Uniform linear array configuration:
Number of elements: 8
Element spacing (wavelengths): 1
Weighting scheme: exponential
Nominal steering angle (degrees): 0
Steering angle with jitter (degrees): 0.6749
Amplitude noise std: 0.05
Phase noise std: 0.05

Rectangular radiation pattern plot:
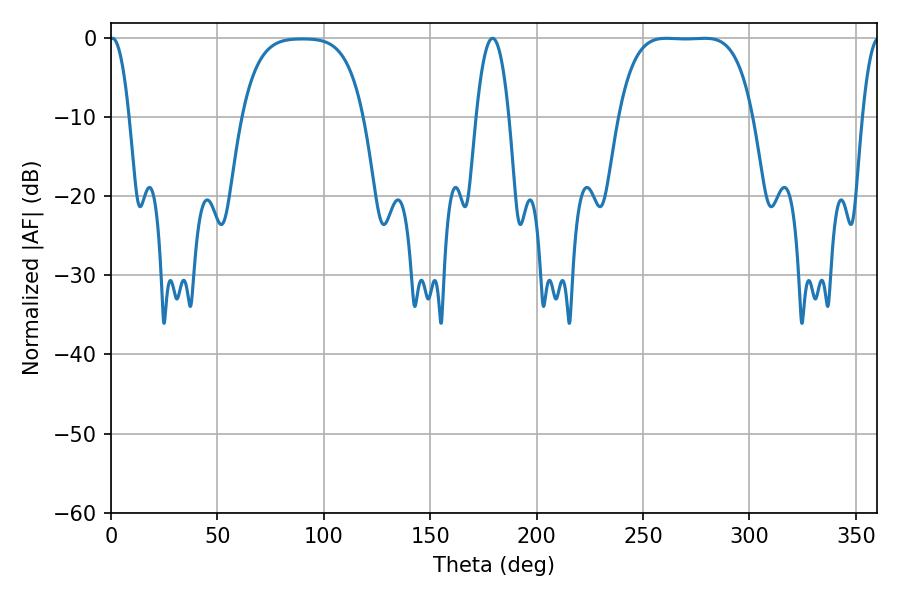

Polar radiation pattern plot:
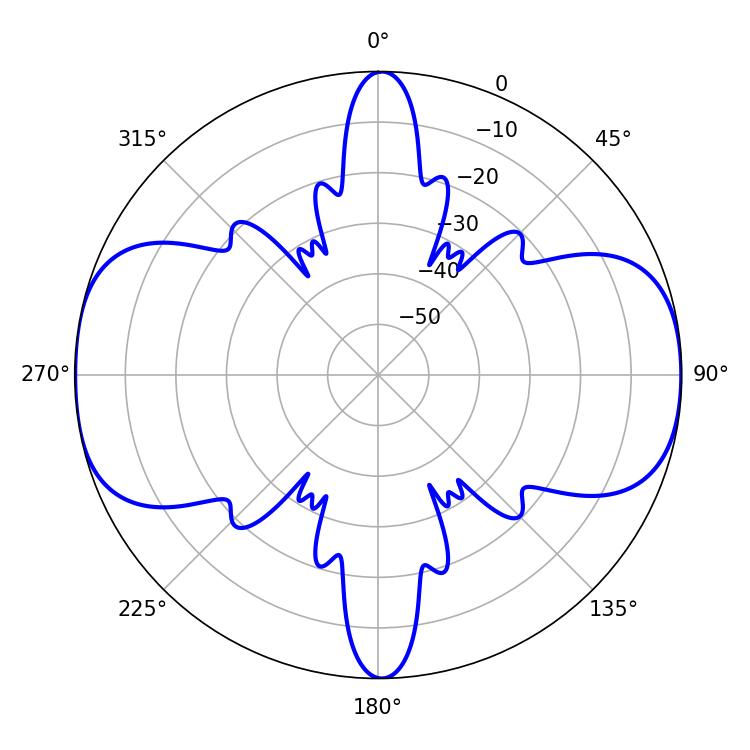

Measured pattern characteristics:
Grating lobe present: TRUE
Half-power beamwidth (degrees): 48.24
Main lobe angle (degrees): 261